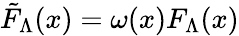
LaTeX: \tilde{F}_{\Lambda}(x)=\omega(x)F_{\Lambda}(x)